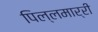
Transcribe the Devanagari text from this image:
पिल्‍लमार्री